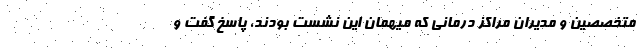
متخصصین و مدیران مراکز درمانی که میهمان این نشست بودند، پاسخ گفت و